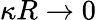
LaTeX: \kappa R\rightarrow 0